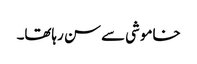
خاموشی سے سن رہاتھا۔